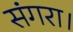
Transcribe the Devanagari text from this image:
संगरा।